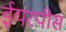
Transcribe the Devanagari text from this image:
ईयरपीस